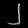
Digit: ၂